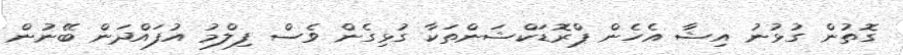
ގޮތުން ގުޅުނު އިޝާ އެހެން ޕްރޮޑަކްޝަންތަކާ ގުޅިގެން ވެސް ފިލްމު އުފައްދަން ބޭނުން